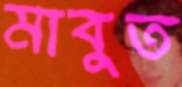
মাবুত